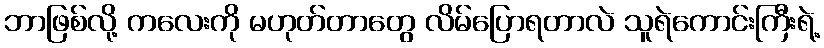
ဘာဖြစ်လို့ ကလေးကို မဟုတ်တာတွေ လိမ်ပြောရတာလဲ သူရဲကောင်းကြီးရဲ့